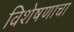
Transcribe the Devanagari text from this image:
विशेषणाचा